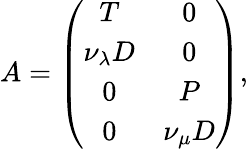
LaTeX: A=\left(\begin{array}{cc}{T}&{0}\\ {\nu_{\lambda}D}&{0}\\ {0}&{P}\\ {0}&{\nu_{\mu}D}\end{array}\right),